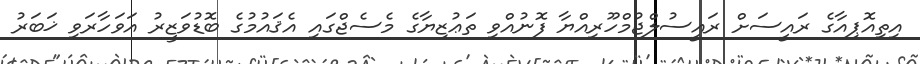
އިތިއޮޕިއާގެ ރައީސަށް ރައީސުލްޖުމްހޫރިއްޔާ ފޮނުއްވި ތަޢުޒިޔާގެ މެސެޖްގައި އެޤައުމުގެ ބޮޑުވަޒީރު އަވަހާރަވި ޚަބަރު